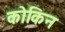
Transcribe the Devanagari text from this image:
कोकिन